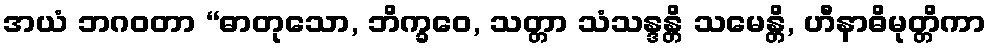
အယံ ဘဂဝတာ “ဓာတုသော, ဘိက္ခဝေ, သတ္တာ သံသန္ဒန္တိ သမေန္တိ, ဟီနာဓိမုတ္တိကာ